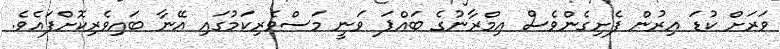
ވަރަށް ކުޑަ އިރުން ފެށިގެންވެސް އިމްރާނުގެ ބައްޕަ ވަނީ މަސްވެރިކަމުގައި އޭނާ ބައިވެރިކޮށްފައެވެ.